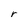
Character: r